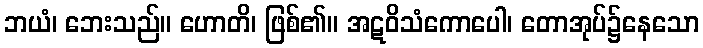
ဘယံ၊ ဘေးသည်။ ဟောတိ၊ ဖြစ်၏။ အဋဝိသံကောပေါ၊ တောအုပ်၌နေသော